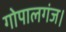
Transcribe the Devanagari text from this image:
गोपालगंज।